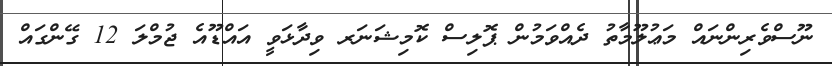
ނޫސްވެރިންނައް މަޢުލޫމާތު ދެއްވަމުން ޕޮލިސް ކޮމިޝަނަރ ވިދާޅަވީ އައްޑޫއެ ޖުމްލަ 12 ގޭންގައް